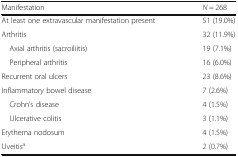
| Manifestation | N = 268 |
 | --- | --- |
 | At least one extravascular manifestation present | 51 (19.0%) |
 | Arthritis | 32 (11.9%) |
 | Axial arthritis (sacroiliitis) | 19 (7.1%) |
 | Peripheral arthritis | 16 (6.0%) |
 | Recurrent oral ulcers | 23 (8.6%) |
 | Inflammatory bowel disease | 7 (2.6%) |
 | Crohn’s disease | 4 (1.5%) |
 | Ulcerative colitis | 3 (1.1%) |
 | Erythema nodosum | 4 (1.5%) |
 | Uveitisa | 2 (0.7%) |